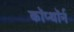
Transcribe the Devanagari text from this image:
कॉप्थॉर्न